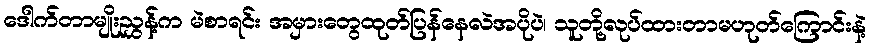
ဒေါက်တာမျိုးညွှန့်က မဲစာရင်း အမှားတွေထုတ်ပြန်နေလဲအပိုပဲ၊ သူတို့လုပ်ထားတာမဟုတ်ကြောင်းနဲ့